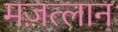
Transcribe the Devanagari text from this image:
मज़त्लान